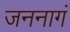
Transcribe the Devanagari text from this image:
जननागं